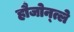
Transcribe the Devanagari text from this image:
हौजोन्त्ले